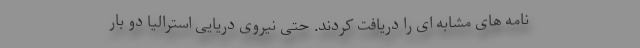
نامه های مشابه ای را دریافت کردند. حتی نیروی دریایی استرالیا دو بار